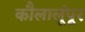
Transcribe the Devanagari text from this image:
कौलालूंपूर